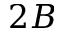
2 B